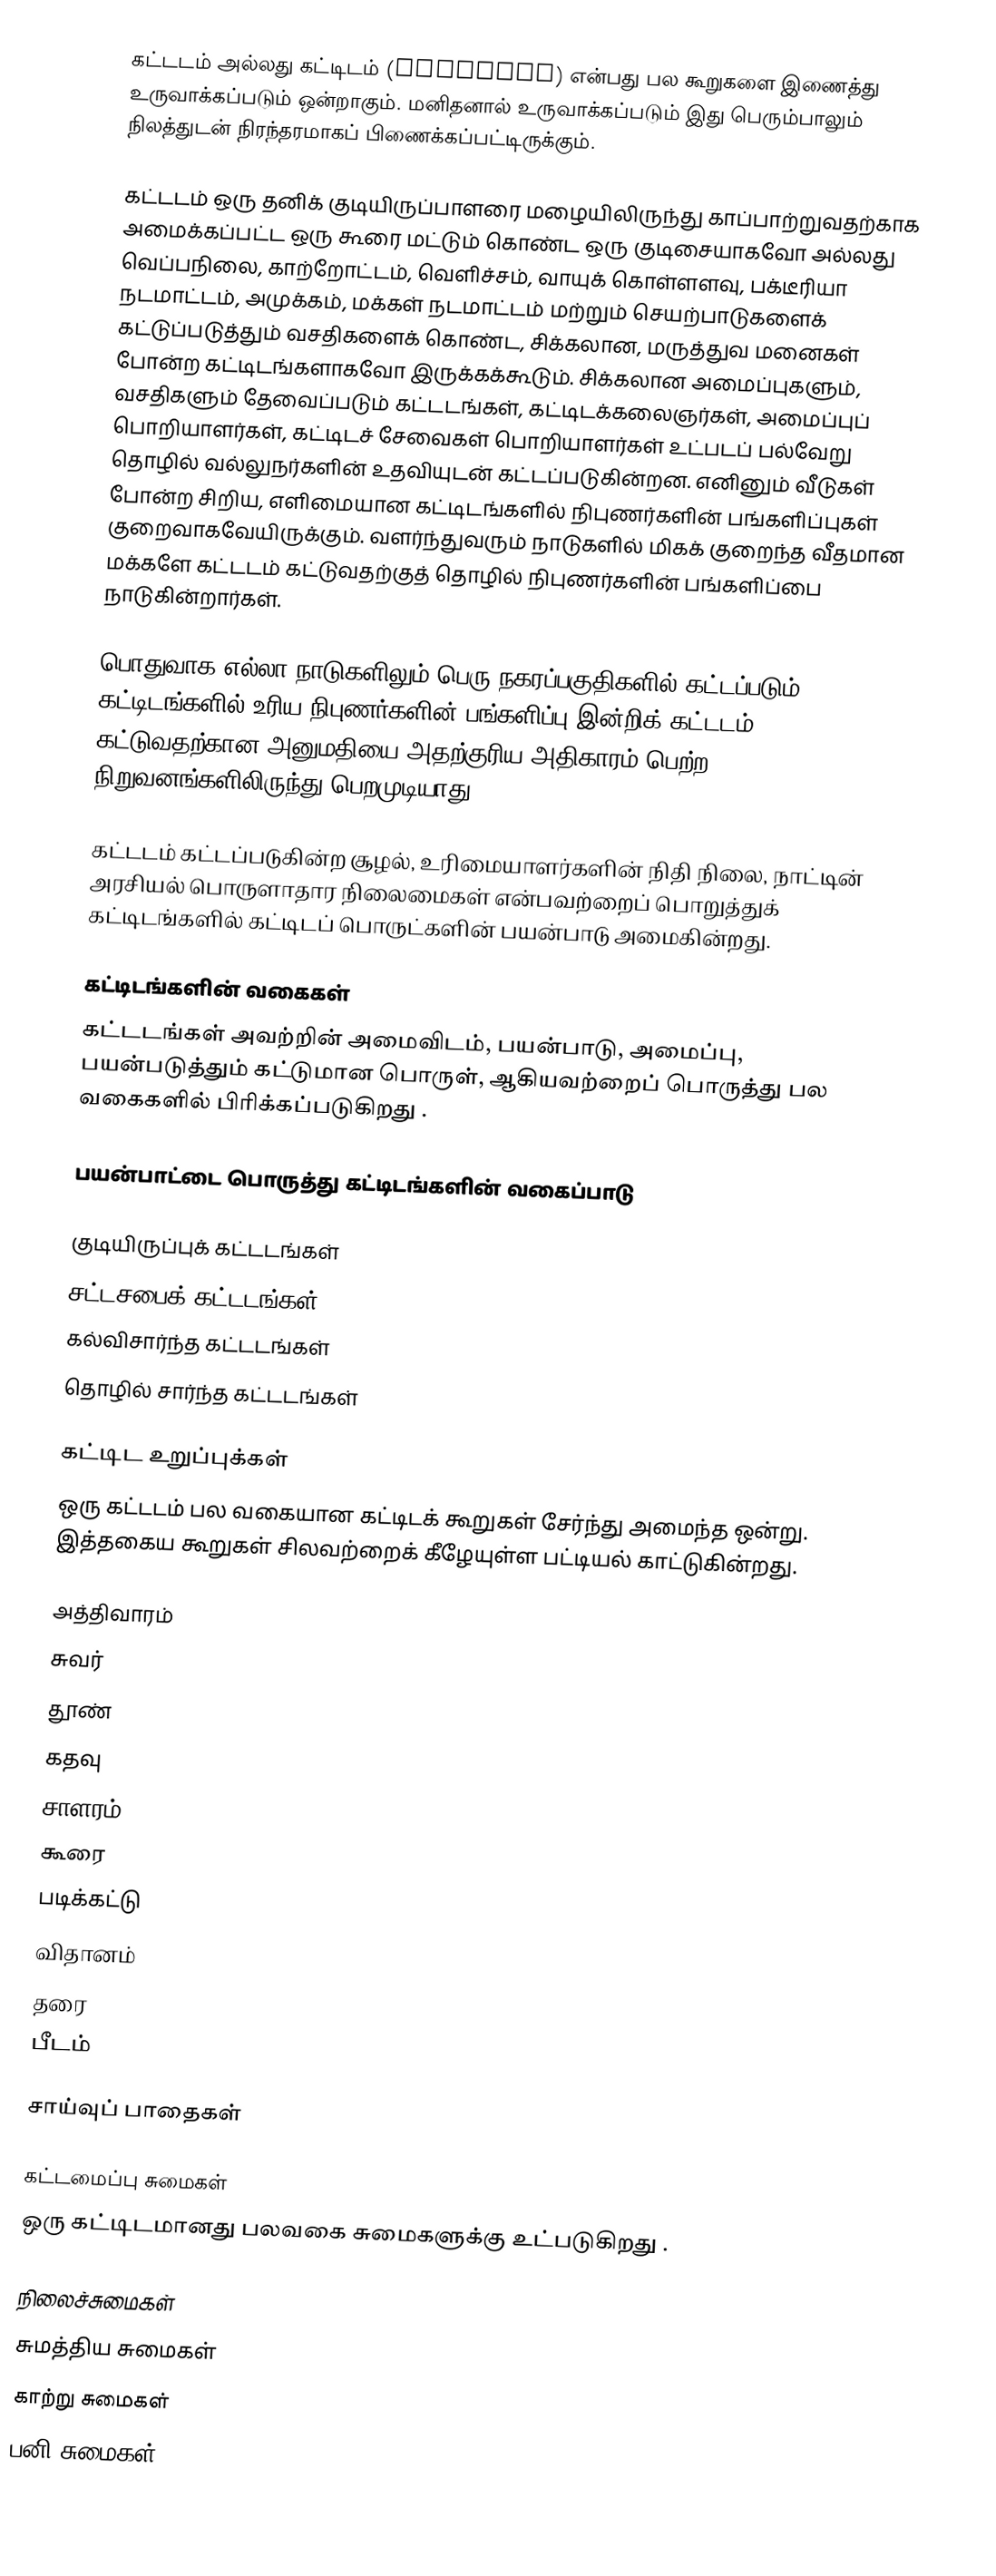
கட்டடம் அல்லது கட்டிடம் (Building) என்பது பல கூறுகளை இணைத்து உருவாக்கப்படும் ஒன்றாகும். மனிதனால் உருவாக்கப்படும் இது பெரும்பாலும் நிலத்துடன் நிரந்தரமாகப் பிணைக்கப்பட்டிருக்கும்.

கட்டடம் ஒரு தனிக் குடியிருப்பாளரை மழையிலிருந்து காப்பாற்றுவதற்காக அமைக்கப்பட்ட ஒரு கூரை மட்டும் கொண்ட ஒரு குடிசையாகவோ அல்லது வெப்பநிலை, காற்றோட்டம், வெளிச்சம், வாயுக் கொள்ளளவு, பக்டீரியா நடமாட்டம், அமுக்கம், மக்கள் நடமாட்டம் மற்றும் செயற்பாடுகளைக் கட்டுப்படுத்தும் வசதிகளைக் கொண்ட, சிக்கலான, மருத்துவ மனைகள் போன்ற கட்டிடங்களாகவோ இருக்கக்கூடும். சிக்கலான அமைப்புகளும், வசதிகளும் தேவைப்படும் கட்டடங்கள், கட்டிடக்கலைஞர்கள், அமைப்புப் பொறியாளர்கள், கட்டிடச் சேவைகள் பொறியாளர்கள் உட்படப் பல்வேறு தொழில் வல்லுநர்களின் உதவியுடன் கட்டப்படுகின்றன. எனினும் வீடுகள் போன்ற சிறிய, எளிமையான கட்டிடங்களில் நிபுணர்களின் பங்களிப்புகள் குறைவாகவேயிருக்கும். வளர்ந்துவரும் நாடுகளில் மிகக் குறைந்த வீதமான மக்களே கட்டடம் கட்டுவதற்குத் தொழில் நிபுணர்களின் பங்களிப்பை நாடுகின்றார்கள்.

பொதுவாக எல்லா நாடுகளிலும் பெரு நகரப்பகுதிகளில் கட்டப்படும் கட்டிடங்களில் உரிய நிபுணர்களின் பங்களிப்பு இன்றிக் கட்டடம் கட்டுவதற்கான அனுமதியை அதற்குரிய அதிகாரம் பெற்ற நிறுவனங்களிலிருந்து பெறமுடியாது.

கட்டடம் கட்டப்படுகின்ற சூழல், உரிமையாளர்களின் நிதி நிலை, நாட்டின் அரசியல் பொருளாதார நிலைமைகள் என்பவற்றைப் பொறுத்துக் கட்டிடங்களில் கட்டிடப் பொருட்களின் பயன்பாடு அமைகின்றது.

கட்டிடங்களின் வகைகள்
கட்டடங்கள் அவற்றின் அமைவிடம், பயன்பாடு, அமைப்பு, பயன்படுத்தும்  கட்டுமான பொருள், ஆகியவற்றைப்  பொருத்து பல வகைகளில் பிரிக்கப்படுகிறது .

பயன்பாட்டை பொருத்து  கட்டிடங்களின்  வகைப்பாடு

 குடியிருப்புக் கட்டடங்கள்
 சட்டசபைக் கட்டடங்கள்
 கல்விசார்ந்த கட்டடங்கள்
 தொழில் சார்ந்த கட்டடங்கள்

கட்டிட உறுப்புக்கள்
ஒரு கட்டடம் பல வகையான கட்டிடக் கூறுகள் சேர்ந்து அமைந்த ஒன்று. இத்தகைய கூறுகள் சிலவற்றைக் கீழேயுள்ள பட்டியல் காட்டுகின்றது.

 அத்திவாரம்
 சுவர்
 தூண்
 கதவு
 சாளரம்
 கூரை
 படிக்கட்டு
 விதானம்
 தரை
 பீடம்

 சாய்வுப் பாதைகள்

கட்டமைப்பு சுமைகள்
ஒரு கட்டிடமானது பலவகை சுமைகளுக்கு உட்படுகிறது .

 நிலைச்சுமைகள்
 சுமத்திய சுமைகள்
 காற்று சுமைகள்
 பனி சுமைகள்